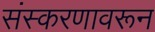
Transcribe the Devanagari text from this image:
संस्करणावरून